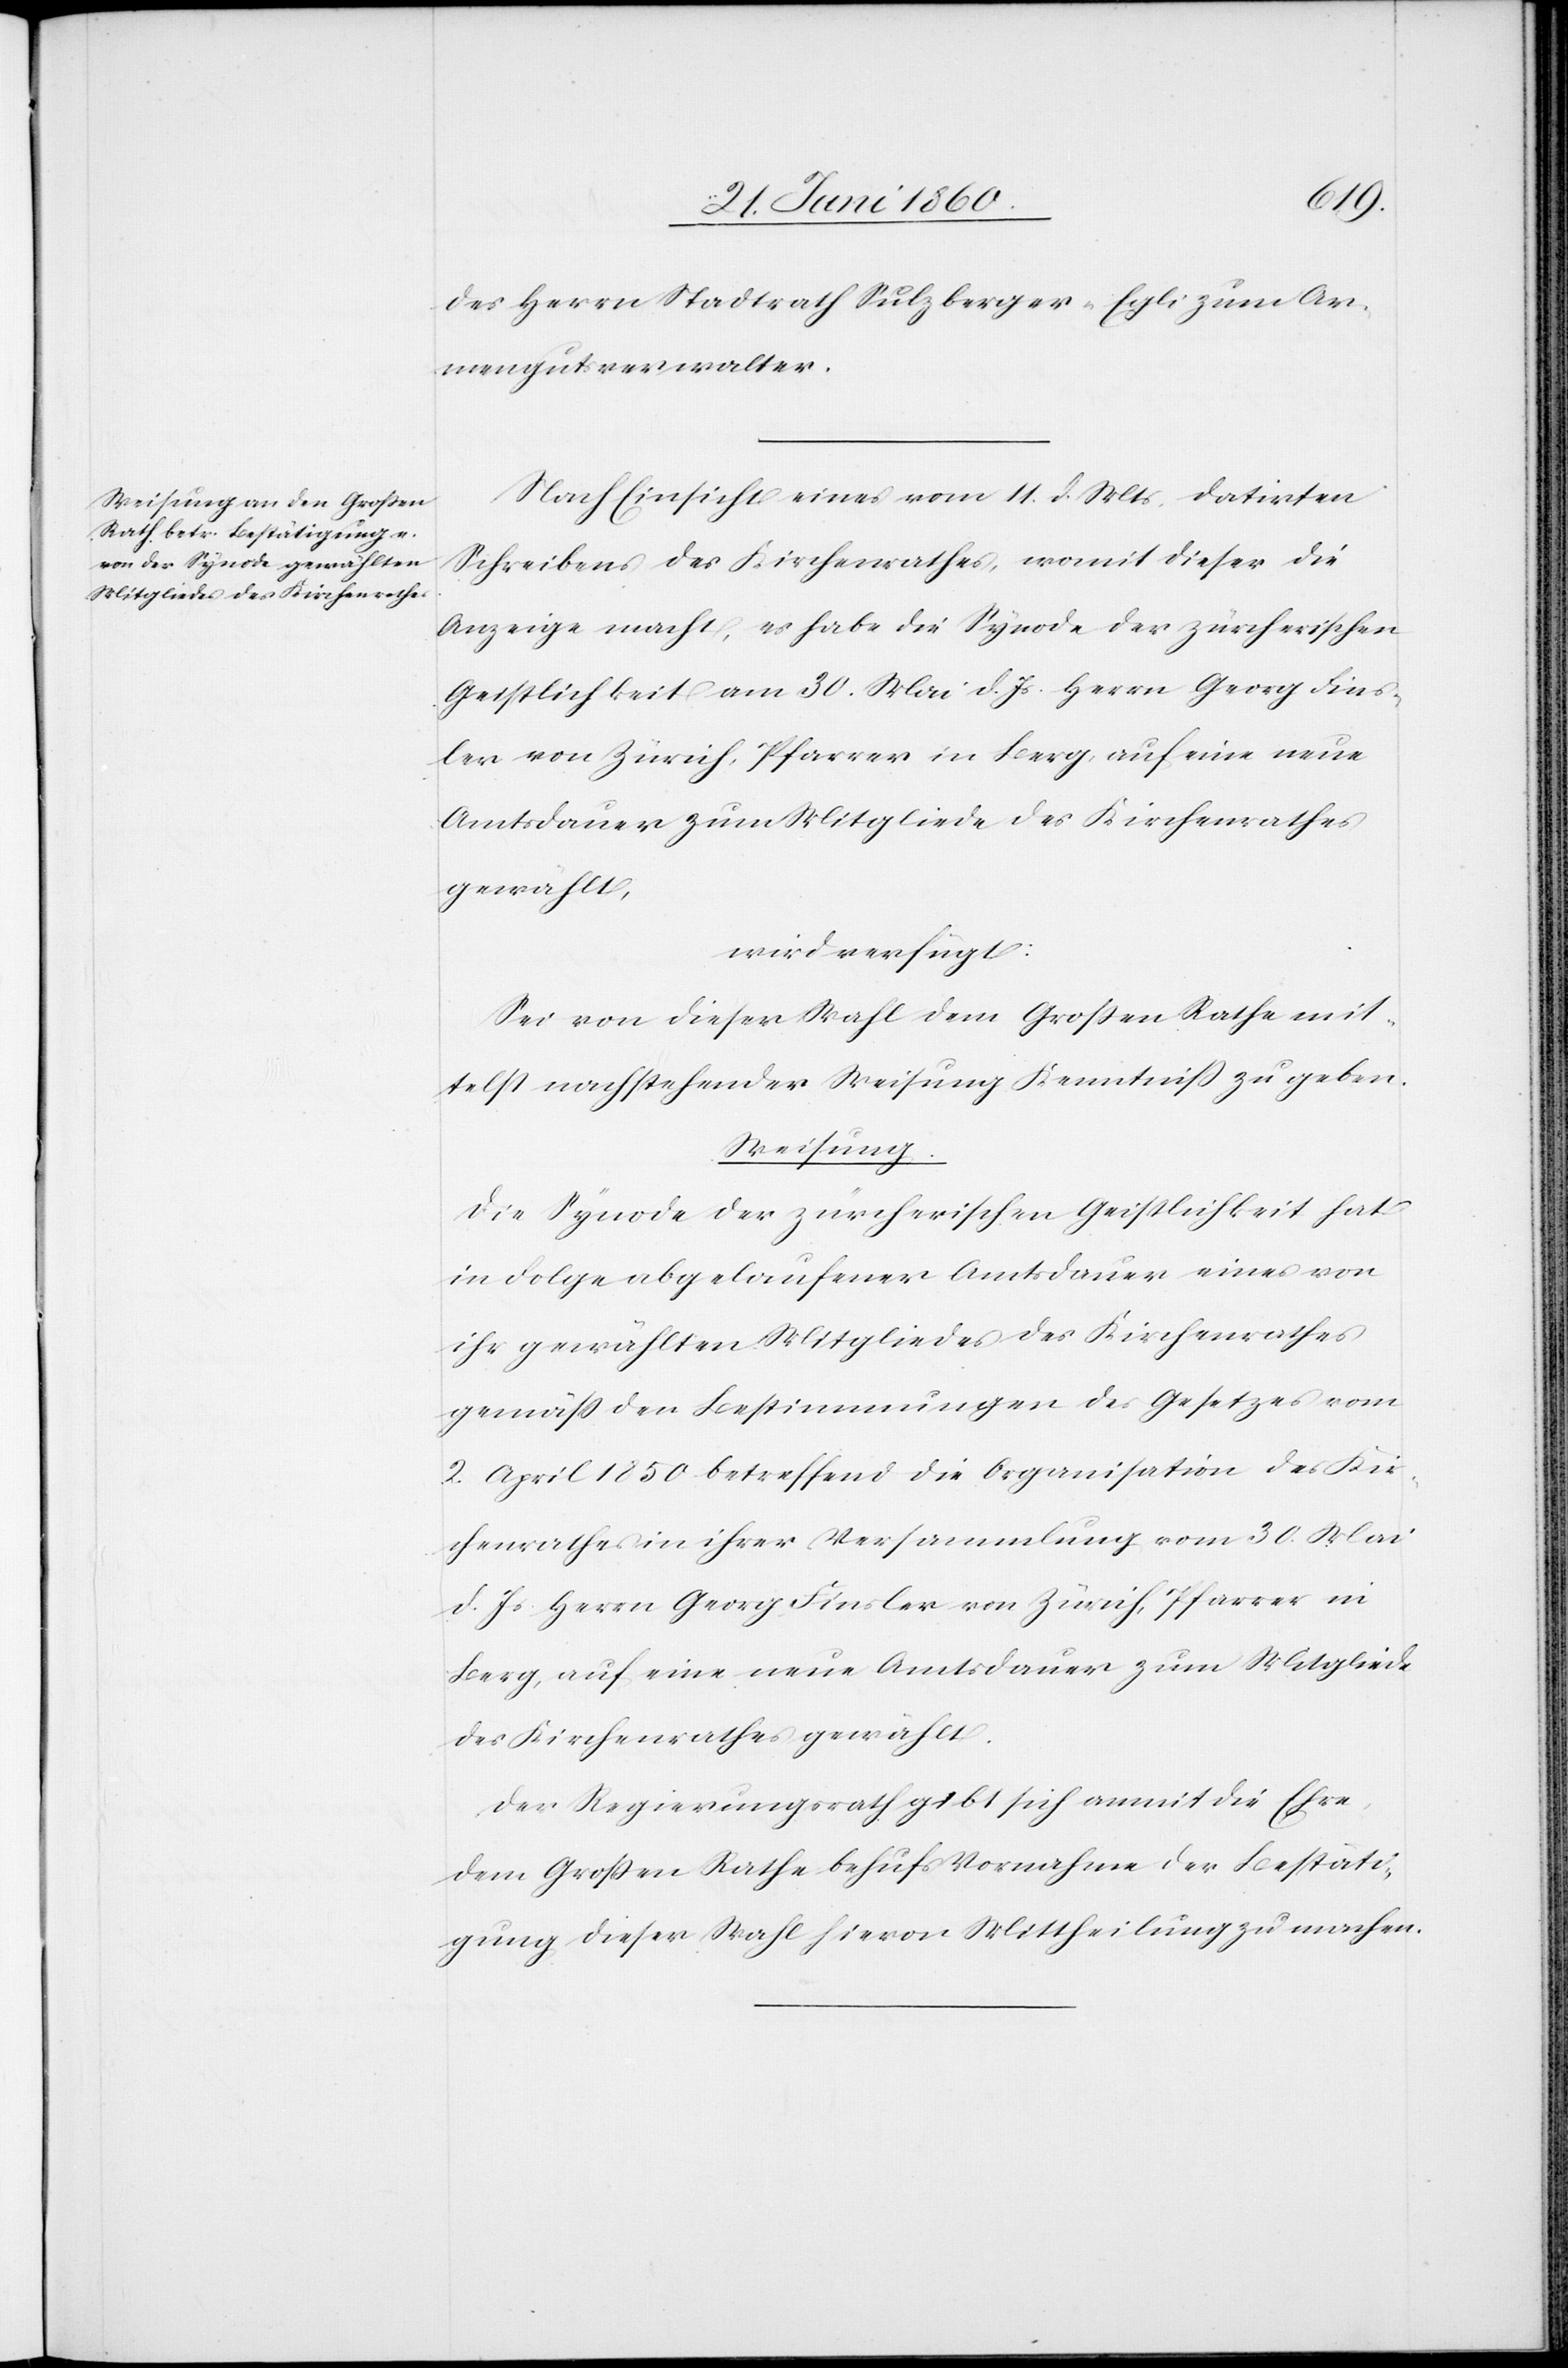
22. Juni 1860.]
des Herrn Stadtrath Sulzberger-Egli zum Ar¬
mengutsverwalter.
Nach Einsicht eines vom 14. d. Mts. datirten
Schreibens des Kirchenrathes, womit dieser die
Anzeige macht, es habe die Synode der zürcherischen
Geistlichkeit am 30. Mai d. Js. Herrn Georg Fins¬
ler von Zürich, Pfarrer in Berg, auf eine neue
Amtsdauer zum Mitgliede des Kirchenrathes
gewählt,
wird verfügt:
Sei von dieser Wahl dem Grossen Rathe mit¬
telst nachstehender Weisung Kenntniss zu geben.
Weisung.
Die Synode der zürcherischen Geistlichkeit hat
in Folge abgelaufener Amtsdauer eines von
ihr gewählten Mitgliedes des Kirchenrathes
gemäss den Bestimmungen des Gesetzes vom
2. April 1850 betreffend die Organisation des Kir¬
chenrathes in ihrer Versammlung vom 30. Mai
d. Js. Herrn Georg Finsler von Zürich, Pfarrer in
Berg, auf eine neue Amtsdauer zum Mitgliede
des Kirchenrathes gewählt.
Der Regierungsrath gibt sich anmit die Ehre,
dem Grossen Rathe behufs Vornahme der Bestäti¬
gung dieser Wahl hievon Mittheilung zu machen.